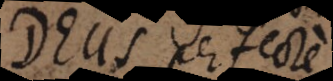
Deus perfecte